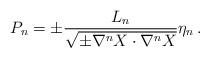
LaTeX: \begin{align*}P_{n} = \pm {L_n \over \sqrt{\pm \nabla^n X \cdot \nabla^n X }} \eta_n\,.\end{align*}